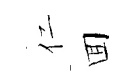
仁囬